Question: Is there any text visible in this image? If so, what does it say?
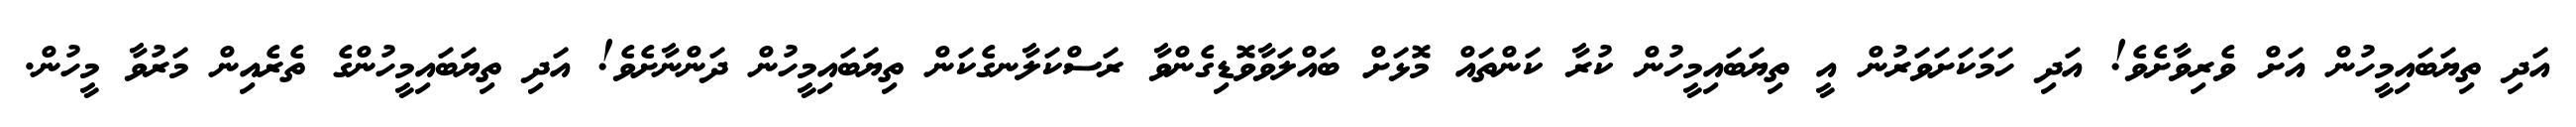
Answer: އަދި ތިޔަބައިމީހުން އަށް ވެރިވާށެވެ! އަދި ހަމަކަށަވަރުން އީ ތިޔަބައިމީހުން ކުރާ ކަންތައް މޮޅަށް ބައްލަވާވޮޑިގެންވާ ރަސްކަލާނގެކަން ތިޔަބައިމީހުން ދަންނާށެވެ! އަދި ތިޔަބައިމީހުންގެ ތެރެއިން މަރުވާ މީހުން.